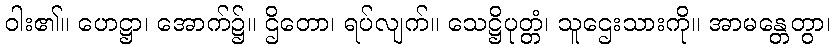
ဝါး၏။ ဟေဋ္ဌာ၊ အောက်၌။ ဌိတော၊ ရပ်လျက်။ သေဋ္ဌိပုတ္တံ၊ သူဌေးသားကို။ အာမန္တေတွာ၊